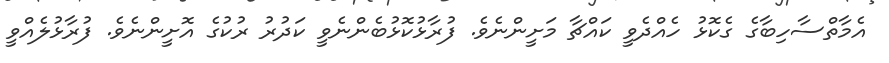
އެމާތްސާހިބާގެ ގެކޮޅު ހެއްދެވީ ކައްޗާ މަށީންނެވެ. ފުރާޅުކޮޅުބެންނެވީ ކަދުރު ރުކުގެ އޮށީންނެވެ. ފުރާޅުލެއްވީ